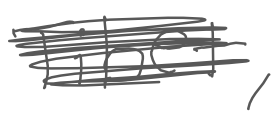
Text: Tibet,
Cross-out: scratch
Writing tool: digital_gray